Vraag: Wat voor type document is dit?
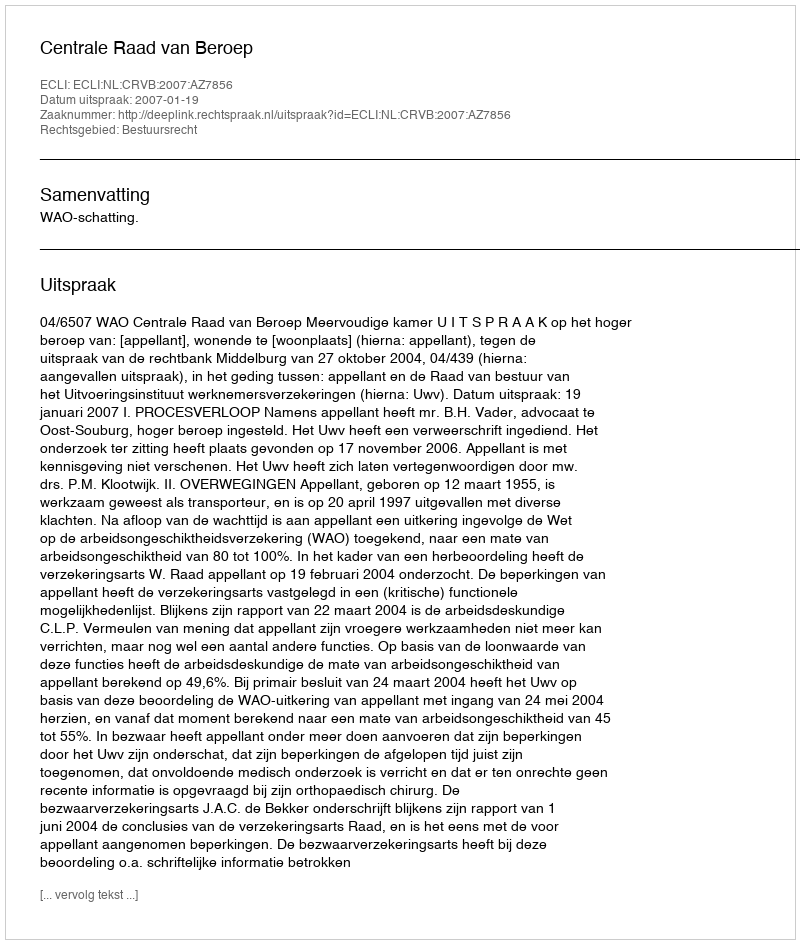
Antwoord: Uitspraak